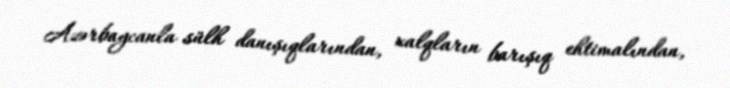
Azərbaycanla sülh danışıqlarından, xalqların barışıq ehtimalından,